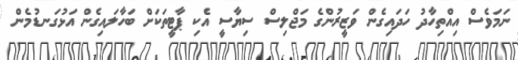
ނަމަވެސް އިއްތިހާދު ހަދައިގެން ވަޒީރުންގެ މަޖްލިސް ސިޔާސީ އެކި ޕާޓީތަކަށް ބަހާލައިގެން އަޅުގަނޑުމެން